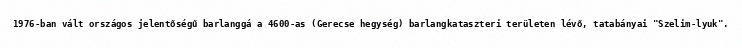
1976-ban vált országos jelentőségű barlanggá a 4600-as (Gerecse hegység) barlangkataszteri területen lévő, tatabányai "Szelim-lyuk".